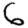
Digit: 6